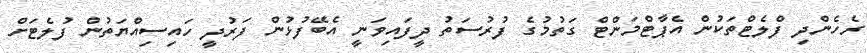
ރެހެންދި ފްލެޓްތަކުން އެޕާޓްމަންޓް ގަތުމުގެ ފުރުސަތު ދީފައިވަނީ އެބޭފުޅުން ފަރުދީ ހައިސިއްޔަތުން ފުލެޓަށް